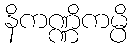
နိကဏ္ဏိကမ္ပိ